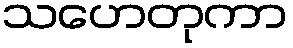
သဟေတုကာ